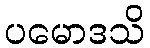
ပမောဒသိ